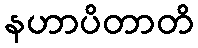
နဟာပိတာတိ